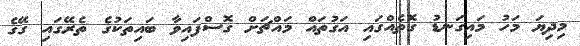
މިދިޔަ މަހު މައިގަނޑު ގޮތެއްގައި އަގުތައް މައްޗަށް ގޮސްފައިވާ ބައިތަކުގެ ތެރޭގައި ގޭގެ